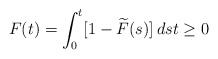
\begin{align*}F(t)=\int_{0}^{t}[1-\widetilde{F}(s)]\,dst\geq0\end{align*}